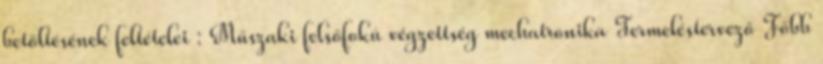
betöltésének feltételei : Műszaki felsőfokú végzettség mechatronika Termeléstervező Főbb